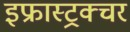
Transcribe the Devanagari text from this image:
इफ्रास्ट्रक्चर